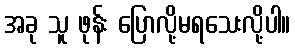
အခု သူ ဖုန်း ပြောလို့မရသေးလို့ပါ။